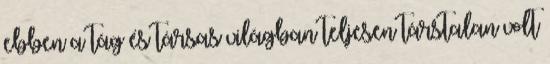
ebben a tág és társas világban teljesen társtalan volt